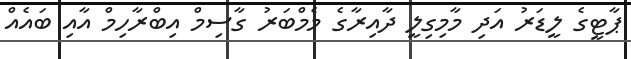
ޕާޓީގެ ލީޑަރު އަދި މާމިގިލީ ދާއިރާގެ މެމްބަރު ގާސިމް އިބްރާހިމް އާއި ބައެއް